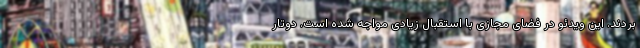
بردند. این ویدئو در فضای مجازی با استقبال زیادی مواجه شده است. دوتار